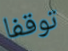
توقفا